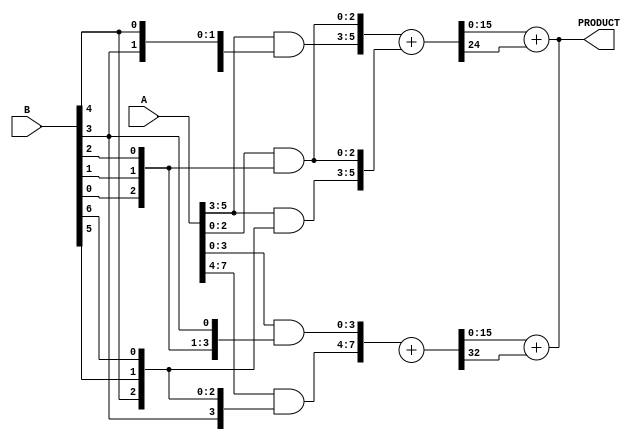
module WallaceTreeMultiplier #(parameter N = 8) (
    input [N-1:0] A,
    input [N-1:0] B,
    output reg [2*N-1:0] PRODUCT
);
    
    // Partial Product generation for Radix-8 or Radix-16
    wire [N*3-1:0] pp [0:1]; // partial products for Radix-8
    wire [N*4-1:0] pp16 [0:1];// partial products for Radix-16

    // Generate partial products for Radix-8
    genvar i;
    generate 
        for (i = 0; i < N/3; i = i + 1) begin : PP_GEN_RADIX8
            assign pp[0][3*i +: 3] = {A[i*3+:3]} & {B[2*i], B[2*i+1], B[2*i+2]};
            assign pp[1][3*i +: 3] = {A[i*3+:3]} & {B[4*i], B[4*i + 1], B[4*i + 2]};
        end
    endgenerate

    // Wallace Tree Reduction Logic for Radix-8
    wire [N*3-1:0] sum8;
    wire [N*3-1:0] carry8;

    // Here, you would implement the reduction logic for the generated partial products
    // using full adders and half adders. This is a simplified example and would
    // need the structure properly built out.
    
    // Reduction stage for Radix-8
    assign {carry8, sum8} = pp[0] + pp[1]; // Example, will vary depending on the layers

    // Final addition to get PRODUCT
    always @(*) begin
        PRODUCT = sum8 + carry8; // Final computation
    end
    
    // Placeholder for Radix-16 (similar structure but different bit grouping)
    generate
        for (i = 0; i < N/4; i = i + 1) begin : PP_GEN_RADIX16
            assign pp16[0][4*i +: 4] = {A[i*4+:4]} & {B[3*i], B[3*i+1], B[3*i+2], B[3*i+3]};
        end
    endgenerate
    
    // Wallace Tree Reduction Logic for Radix-16
    wire [N*4-1:0] sum16;
    wire [N*4-1:0] carry16;

    assign {carry16, sum16} = pp16[0] + pp16[1]; // Final for Radix-16

    // Final addition to get PRODUCT for Radix-16
    always @(*) begin
        PRODUCT = sum16 + carry16; // Final computation for Radix-16
    end

endmodule